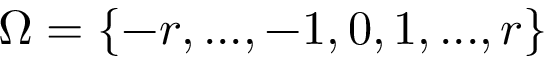
\Omega = \{ - r , . . . , - 1 , 0 , 1 , . . . , r \}